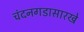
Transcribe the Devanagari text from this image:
चंदनगडासारखे